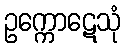
ဥက္ကောဋေသုံ